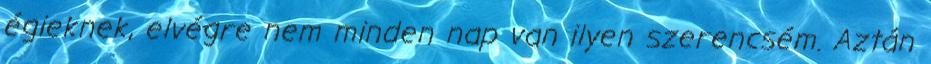
égieknek, elvégre nem minden nap van ilyen szerencsém. Aztán